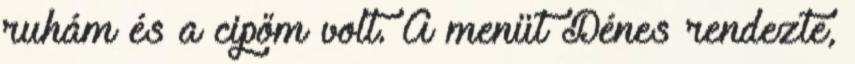
ruhám és a cipőm volt. A menüt Dénes rendezte,